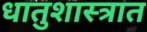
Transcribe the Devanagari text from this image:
धातुशास्त्रात